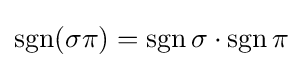
\operatorname {sgn} (\sigma \pi )=\operatorname {sgn} \sigma \cdot \operatorname {sgn} \pi